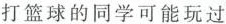
打篮球的同学可能玩过